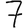
Digit: 7